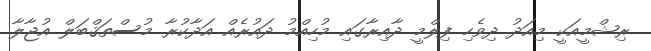
ރިޝްމީއަކީ މިއަދު ދިވެހި ފިލްމީ ދާއިރާގައި މުހިއްމު ދައުރެއް އަދާކުރާ މުސްތަޤްބަލް އުޖާލާ